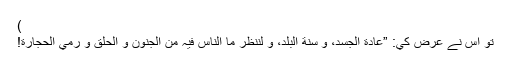
)
تو اس نے عرض كي: ”عادة الجسد، و سنة البلد، و لننظر ما الناس فيہ من الجنون و الحلق و رمي الحجارة!